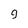
Character: 9